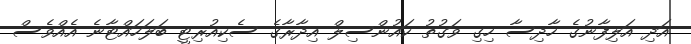
އަދި އަލިފާނުގެ ހާދިސާ ހިގި ވަގުތު ކައުންސިލް އިދާރާގެ ސެކިއުރިޓީ ބަލަހައްޓާނެ އެއްވެސް